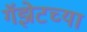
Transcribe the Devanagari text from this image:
गॅझेटच्या